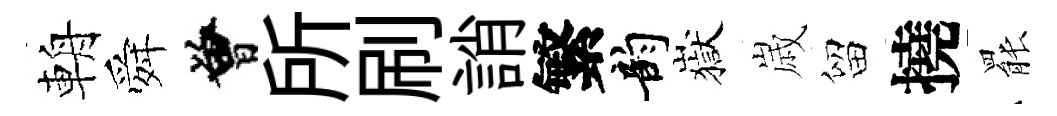
輈舜曾所刷誚繁韵嶽𡻕留撓罷